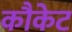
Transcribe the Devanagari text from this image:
कौकेट